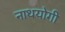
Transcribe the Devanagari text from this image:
नाथयोगी